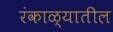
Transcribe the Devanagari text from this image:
रंकाळ्यातील